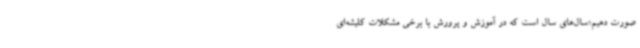
صورت دهیم؛سال‌های سال است که در آموزش و پرورش با برخی مشکلات کلیشه‌ای